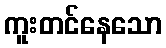
ကူးတင်နေသော